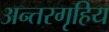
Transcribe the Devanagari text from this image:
अन्तरगृहिय